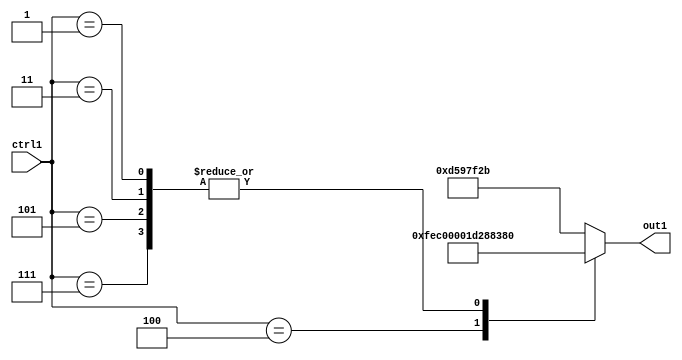
`timescale 1ps / 1ps
/*****************************************************************************
    Verilog RTL Description
    
    
    Created by: Stratus DpOpt 21.05.01 
*******************************************************************************/

module SobelFilter_N_Mux_30_6_0_4 (
	ctrl1,
	out1
	); /* architecture "behavioural" */ 
input [3:0] ctrl1;
output [29:0] out1;
wire [29:0] asc001;

reg [29:0] asc001_tmp_0;
assign asc001 = asc001_tmp_0;
always @ (ctrl1) begin
	case (ctrl1)
		4'B0111 : asc001_tmp_0 = 30'B011101001010001000001110010011 ;
		4'B0101 : asc001_tmp_0 = 30'B011101001010001000001110010011 ;
		4'B0100 : asc001_tmp_0 = 30'B111111101100000000000000000000 ;
		4'B0011 : asc001_tmp_0 = 30'B011101001010001000001110010011 ;
		4'B0001 : asc001_tmp_0 = 30'B011101001010001000001110010011 ;
		default : asc001_tmp_0 = 30'B001101010110010111111100101011 ;
	endcase
end

assign out1 = asc001;
endmodule

/* CADENCE  vbb4QwE= : u9/ySxbfrwZIxEzHVQQV8Q== ** DO NOT EDIT THIS LINE ******/